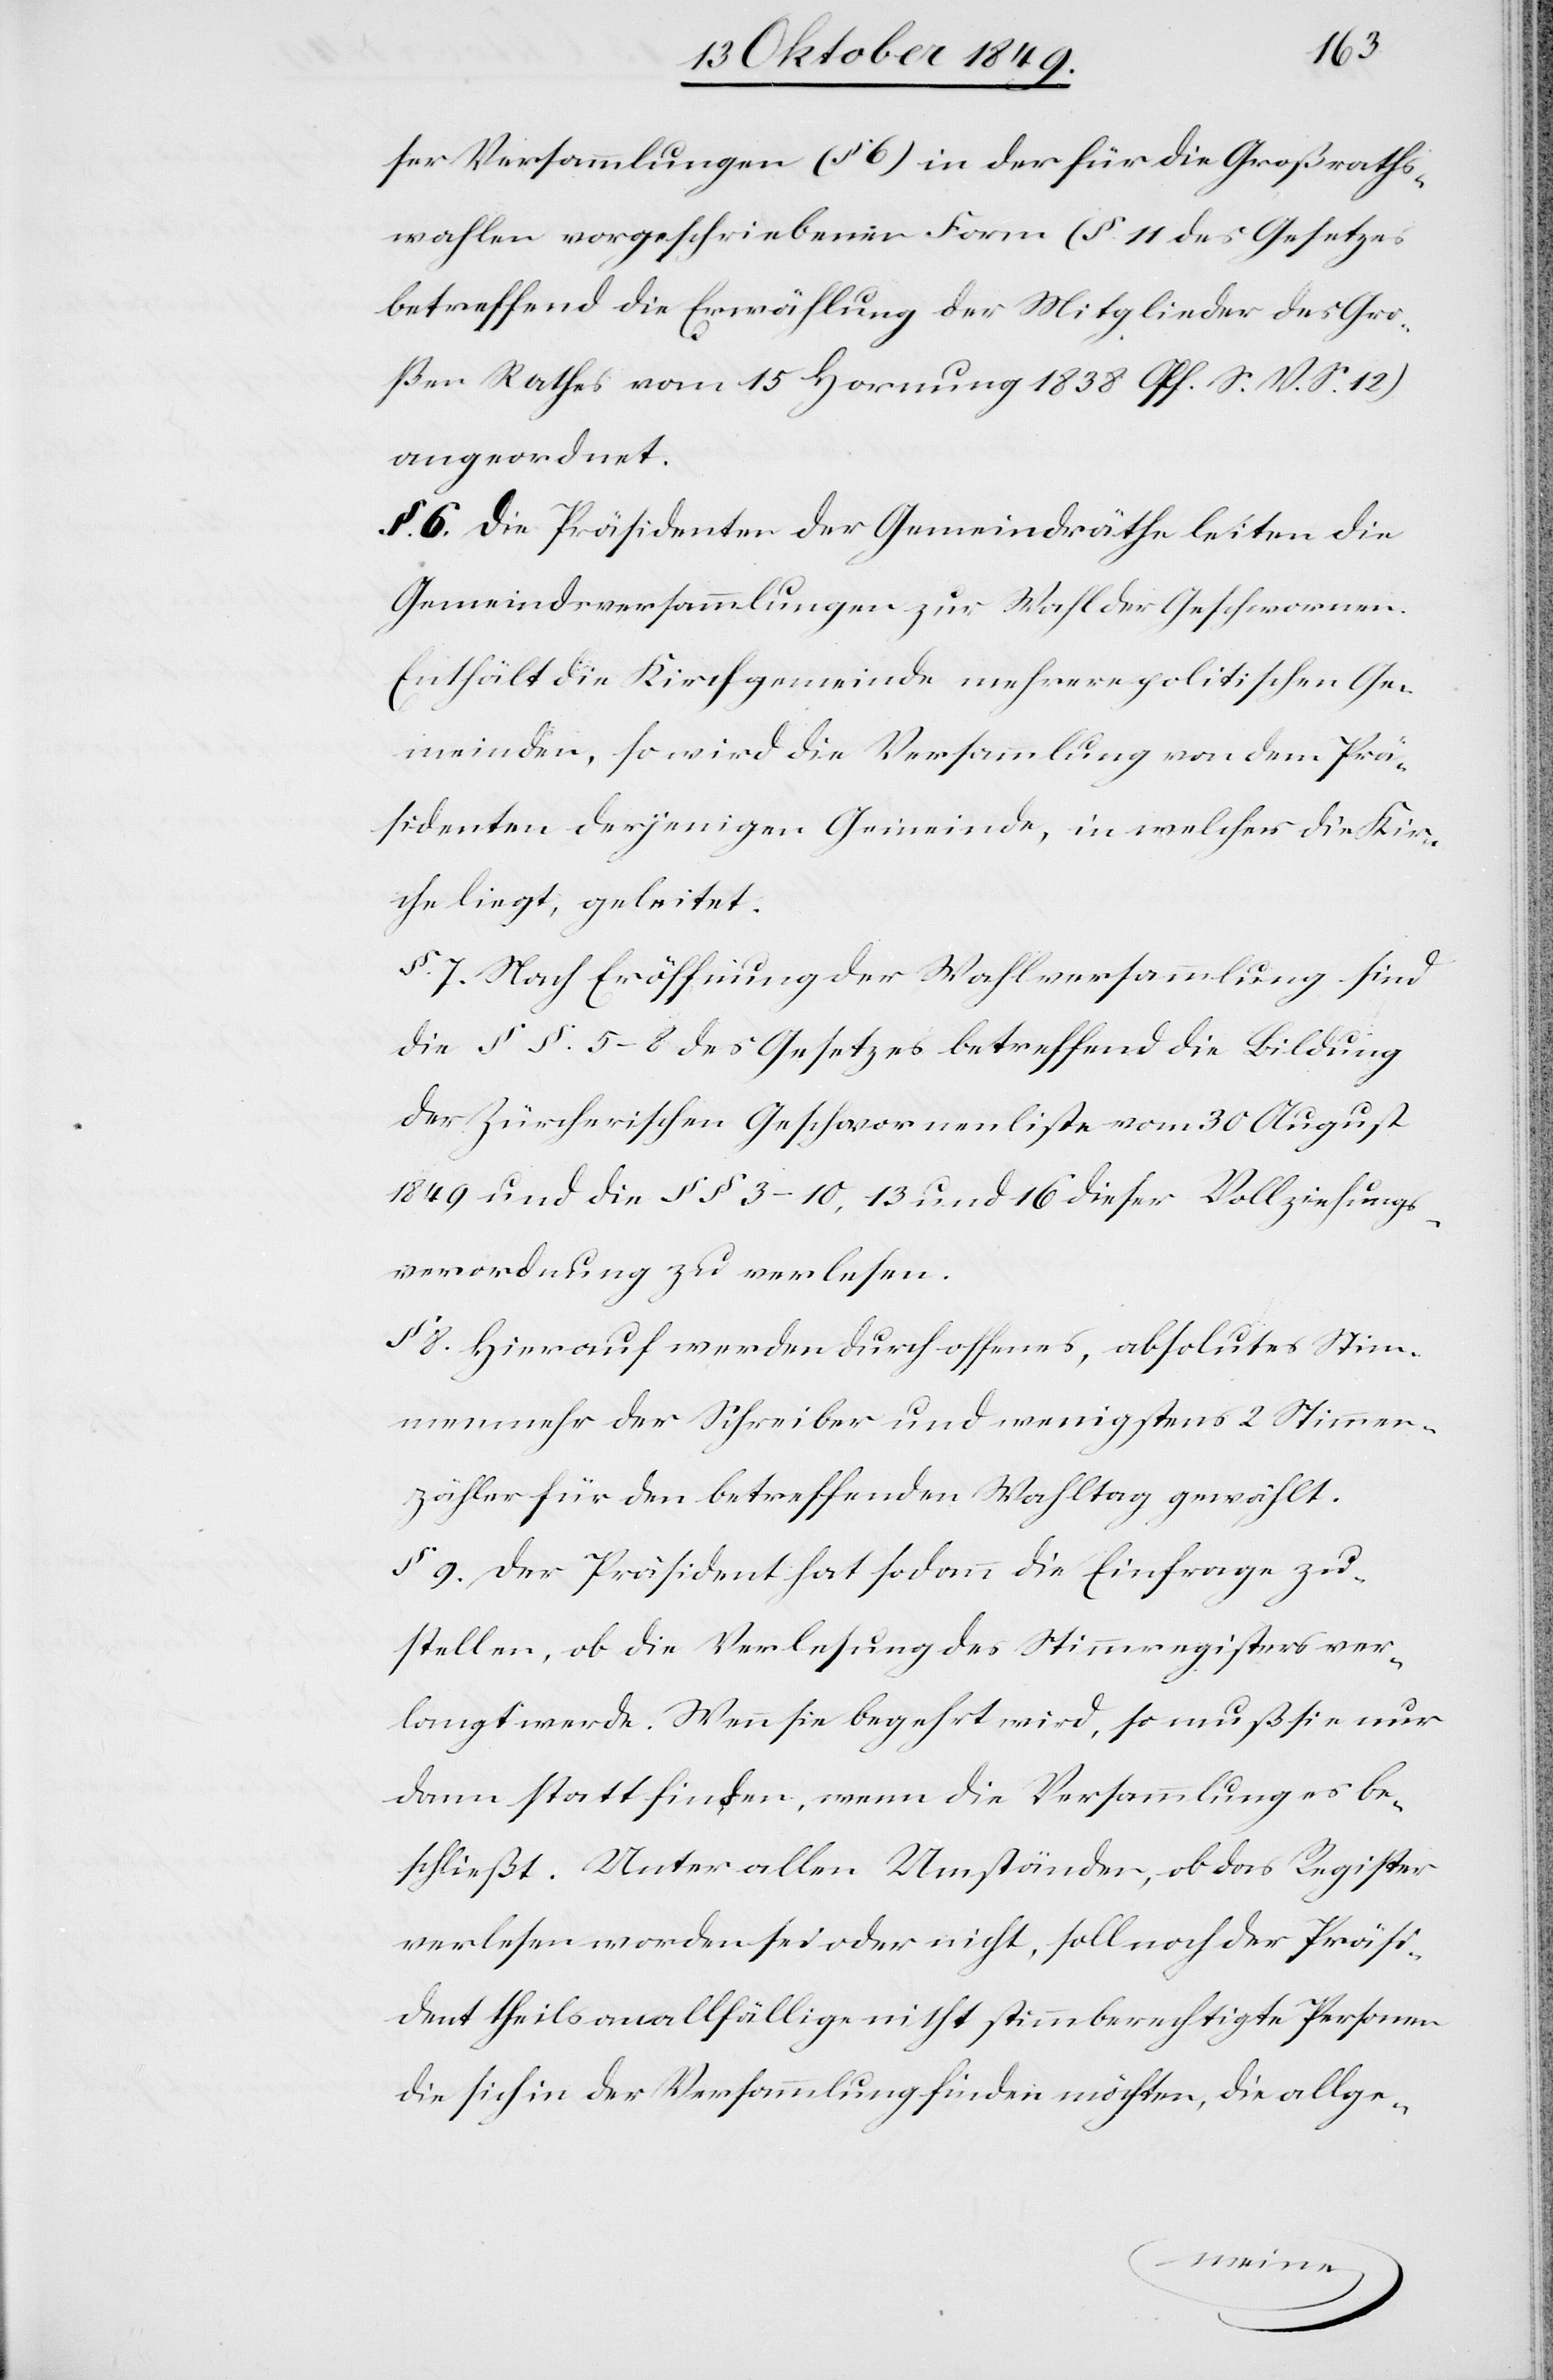
ser Versammlungen (§ 6) in der für die Großraths¬
wahlen vorgeschriebenen Form (§ 11 des Gesetzes
betreffend die Erwählung der Mitglieder des Gro¬
ßen Rathes vom 15 Hornung 1838 Off. S. V. S. 12)
angeordnet.
§ 6. Die Präsidenten der Gemeindräthe leiten die
Gemeindsversammlungen zur Wahl der Geschworenen.
Enthält die Kirchgemeinde mehrere politischen Ge¬
meinden, so wird die Versammlung von dem Prä¬
sidenten derjenigen Gemeinden, in welcher die Kir¬
che liegt, geleitet.
§ 7. Nach Eröffnung der Wahlversammlung sind
die §§. 5–8 des Gesetzes betreffend die Bildung
der Zürcherischen Geschworenenliste vom 30 August
1849 und die §§ 3–10, 13 und 16 dieser Vollziehungs¬
verordnung zu verlesen.
§ 8. Hierauf werden durch offenes, absolutes Stim¬
menmehr der Schreiber und wenigstens 2 Stimm¬
zähler für den betreffenden Wahltag gewählt.
§ 9. Der Präsident hat sodann die Einfrage zu¬
stellen, ob die Verlesung des Stimmregisters ver¬
langt werde. Wenn sie begehrt wird, so muß sie nur
dann stattfinden, wenn die Versammlung es be¬
schließt. Unter allen Umständen, ob das Register
verlesen worden sei oder nicht, soll noch der Präsi¬
dent theils an allfällige nicht stimmberechtigten Personen
die sich in der Versammlung finden möchten, die allge-